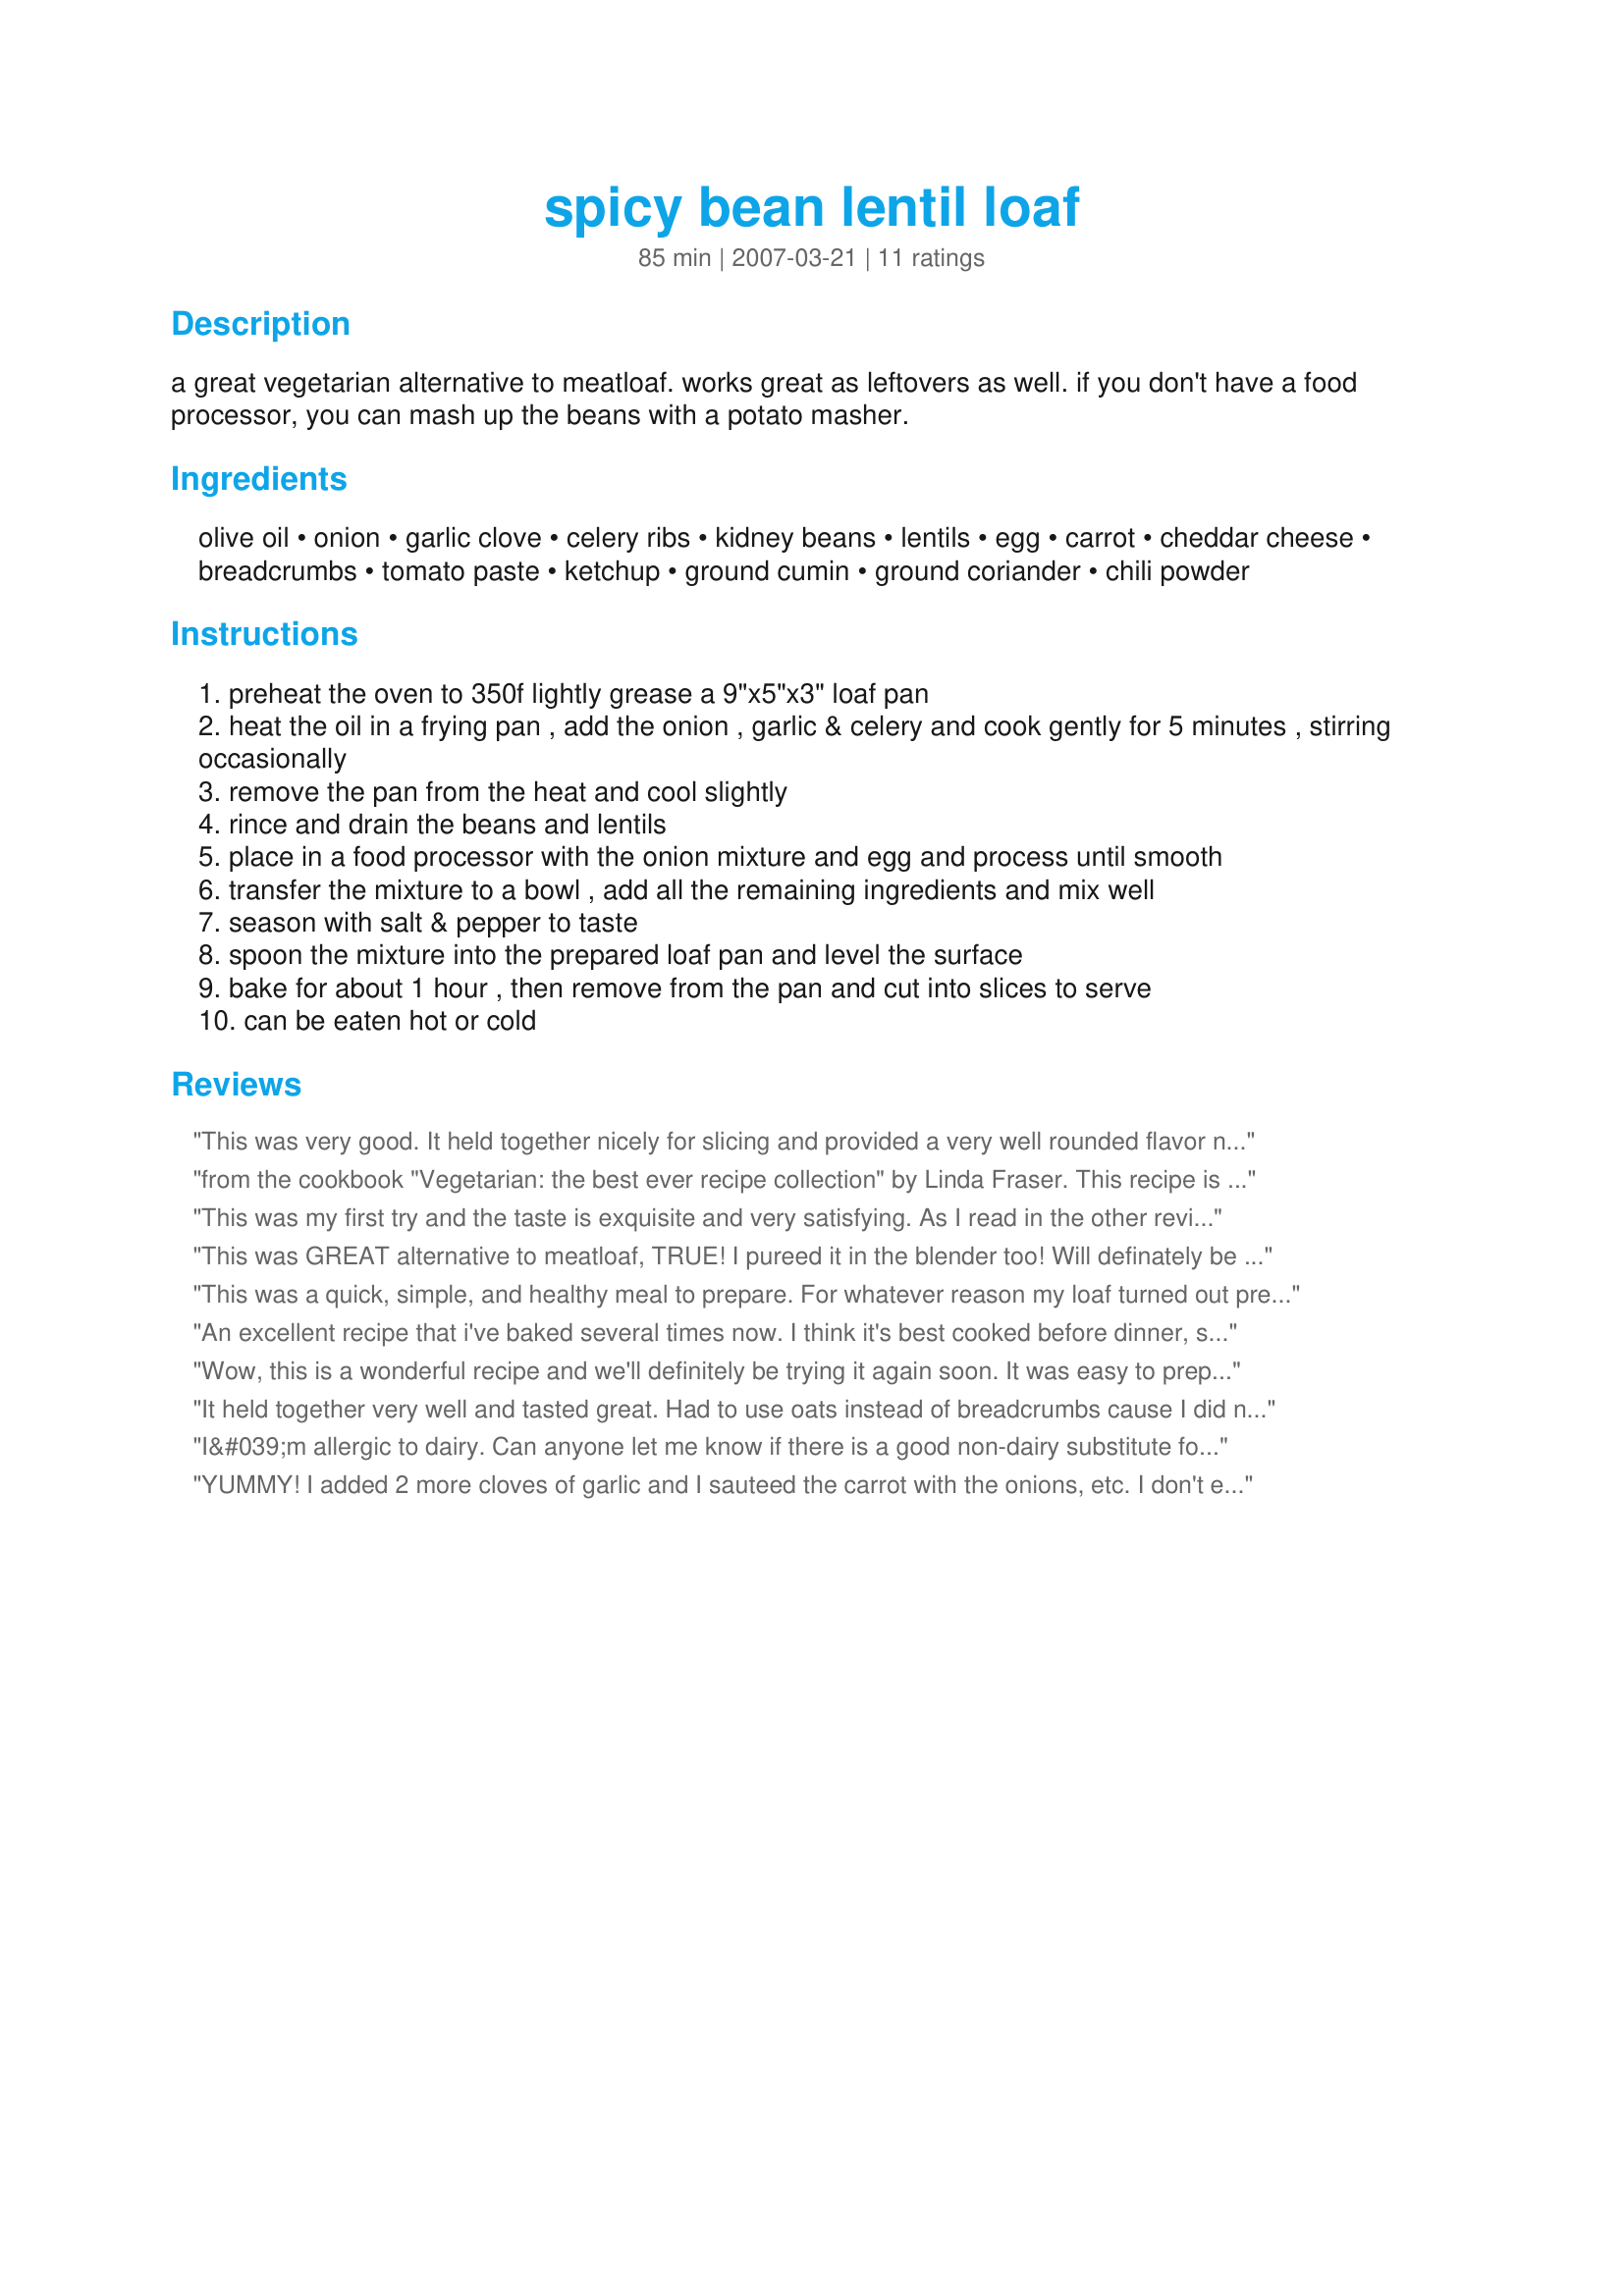
spicy bean lentil loaf
Preparation time: 85 minutes

a great vegetarian alternative to meatloaf. works great as leftovers as well.

if you don't have a food processor, you can mash up the beans with a potato masher.

Ingredients:
olive oil, onion, garlic clove, celery ribs, kidney beans, lentils, egg, carrot, cheddar cheese, breadcrumbs, tomato paste, ketchup, ground cumin, ground coriander, chili powder

Steps:
preheat the oven to 350f lightly grease a 9"x5"x3" loaf pan
heat the oil in a frying pan , add the onion , garlic & celery and cook gently for 5 minutes , stirring occasionally
remove the pan from the heat and cool slightly
rince and drain the beans and lentils
place in a food processor with the onion mixture and egg and process until smooth
transfer the mixture to a bowl , add all the remaining ingredients and mix well
season with salt & pepper to taste
spoon the mixture into the prepared loaf pan and level the surface
bake for about 1 hour , then remove from the pan and cut into slices to serve
can be eaten hot or cold

Reviews:
This was very good. It held together nicely for slicing and provided a very well rounded flavor not to mention a very pleasing texture. The cumin and coriander was perfect with the beans, onion and garlic. Using the processor, it came together very quickly and it looks a lot like meatloaf. It was very tasty with a tomato sauce on the slices and a side of green beans and mushrooms. I'm looking forward to having a sandwich of this for lunch tomorrow. Not only does it taste very good it's also healthy.
from the cookbook "Vegetarian: the best ever recipe collection" by Linda Fraser. This recipe is fantastic!!! It has been a fav of mine for a number of years. I made it for dinner tonight and meat-eater hubby said it tasted just like regular meatloaf. picky eater son said "YUM!" and gobbled it up.
This was my first try and the taste is exquisite and very satisfying. As I read in the other reviews it will probably set better after leaving it overnight in the refrigerator and then re-heating it. I think when I put it in the oven, my hand knocked the knob accidentally and the temperature was at 325 instead of 350, so I ended u having to cook long but the insides were still too mushy and soft. I turned it up back to 350 and let it run another 40 minutes after the 60 and it still was mushy inside, but the outside was crispy. No idea why, but I will try again because I am a lentil loaf lover!! I added some thyme to it, but I don&#039;t think I will do that the next time. I found most of the reviews very helpful in how I should bake it in the future. Thank you.
This was GREAT alternative to meatloaf, TRUE!
I pureed it in the blender too!
Will definately be making this again, WHOO HOO!
Thanks for a healthy nutritious alternative too!
This was a quick, simple, and healthy meal to prepare. For whatever reason my loaf turned out pretty mushy, the texture of refried beans. but the flavor was nice. Hopefully the leftovers will hold together a bit better for wraps and sandwiches. Thanks for posting the recipe.
An excellent recipe that i've baked several times now. I think it's best cooked before dinner, set aside (even in fridge), to then be heated up and sliced. It seems to form better slices that way. It is fantastic in sandwiches the next day with some sauce, too!
Wow, this is a wonderful recipe and we'll definitely be trying it again soon. It was easy to prepare (the suggestion to use a potato masher instead of a food processor was super helpful) and looks quite a bit like meatloaf. It was good hot, but we actually prefer it cold. It's a fantastic sandwich filling with a bit of mayo, mustard, and sliced tomato.
It held together very well and tasted great. Had to use oats instead of breadcrumbs cause I did not have enough of the crumbs, but I don't think that made a big difference. 
Used one jalapeno pepper which I mashed with the beans and lentils in the food processor. It is great with tomato sauce and I have had it warm as well as cold. 
It feezes well and warms up nicely in the microwave without losing shape or falling apart.
Thanks for posting.
I&#039;m allergic to dairy. Can anyone let me know if there is a good non-dairy substitute for the cheddar cheese (besides vegan cheese). Can I just omit it entirely? Or will that compromise the taste/texture of the recipe?
YUMMY! I added 2 more cloves of garlic and I sauteed the carrot with the onions, etc. I don't ever have ketchup in the fridge, so I used 2 tbs of tomato paste instead of one. Also, I used tablespoons instead of teaspoons for the spices. Nice and hot! Haven't had it cold yet, but I'm looking forward to it for lunch tomorrow!
I have made this recipe 3 times. It feeds about 6. 30 minutes to prep, 60 minutes to bake. It's a great staple and the leftovers stay together very well. It's good any time of year and a perfect companion to scalloped potatoes and veggies, when I am longing for comfort foods from my youth. It is DEEPLY SATISFYING.
